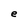
Character: e